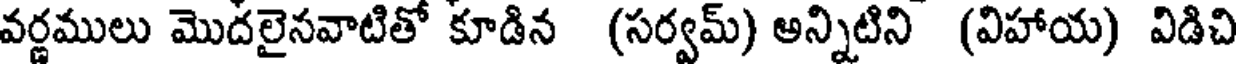
వర్ణములు మొదలైనవాటితో కూడిన (సర్వమ్) అన్నిటిని (విహాయ) విడిచి